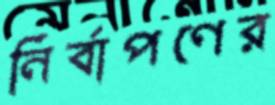
নির্বাপণের